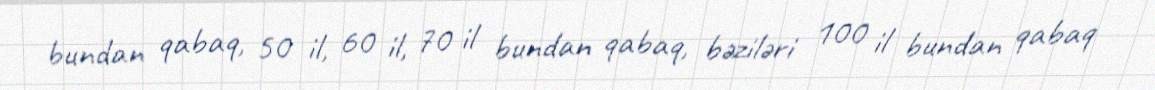
bundan qabaq, 50 il, 60 il, 70 il bundan qabaq, bəziləri 100 il bundan qabaq